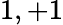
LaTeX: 1,+1